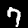
Digit: 7